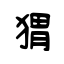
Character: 猬